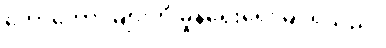
တောတောင်များကို မှုန်ရေးရေးမြင်ရသည်။